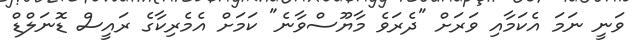
ވަނީ ނަމަ އެކަމާއި ވަރަށް "ދެރަވެ މާޔޫސްވާނެ" ކަމަށް އެމެރިކާގެ ރައީސް ޑޮނަލްޑް